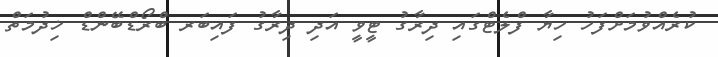
ކުރެއްވުމަށްފަހު ހިޔާ ފްލެޓްގައި ދިރާގު ޓީވީ އަދި ދިރާގު ފައިބަރ ބްރޯޑްބޭންޑް ޚިދުމަތް